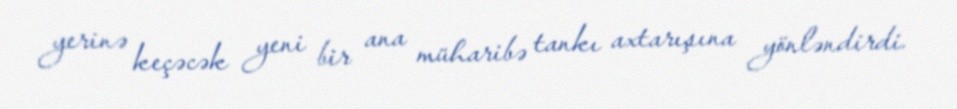
yerinə keçəcək yeni bir ana müharibə tankı axtarışına yönləndirdi.